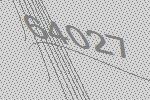
64027